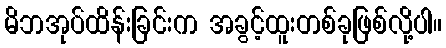
မိဘအုပ်ထိန်းခြင်းက အခွင့်ထူးတစ်ခုဖြစ်လို့ပါ။